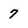
Character: 7